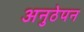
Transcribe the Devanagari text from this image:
अनुठेपन